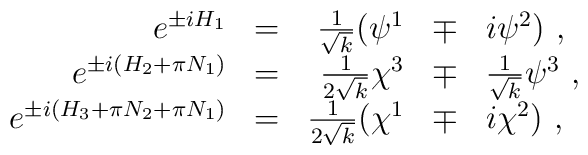
\begin{array}{rcrcl}e^{\pm iH_1} & = & \frac1{\sqrt{k}}  (\psi^1 & \mp & i \psi^2)~,  \\e^{\pm i(H_2 + \pi N_1)} & = & {1\over 2\sqrt{k}} \chi^3 & \mp &{1 \over \sqrt{k}}\psi^3~, \\e^{\pm i(H_3 + \pi N_2 + \pi N_1)} & = & \frac1{2\sqrt{k}}(\chi^1 & \mp & i \chi^2)~,\end{array}